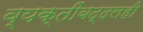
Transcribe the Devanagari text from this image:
व्यक्तींबद्दलही